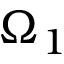
\Omega _ { 1 }